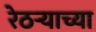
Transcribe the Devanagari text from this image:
रेठर्‍याच्या